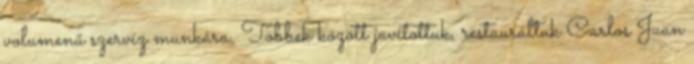
volumenű szervíz munkára. Többek között javítottuk, restauráltuk Carlos Juan